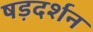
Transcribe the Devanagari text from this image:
षड़दर्शन